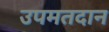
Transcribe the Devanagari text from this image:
उपमतदान